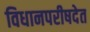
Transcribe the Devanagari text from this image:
विधानपरीषदेत